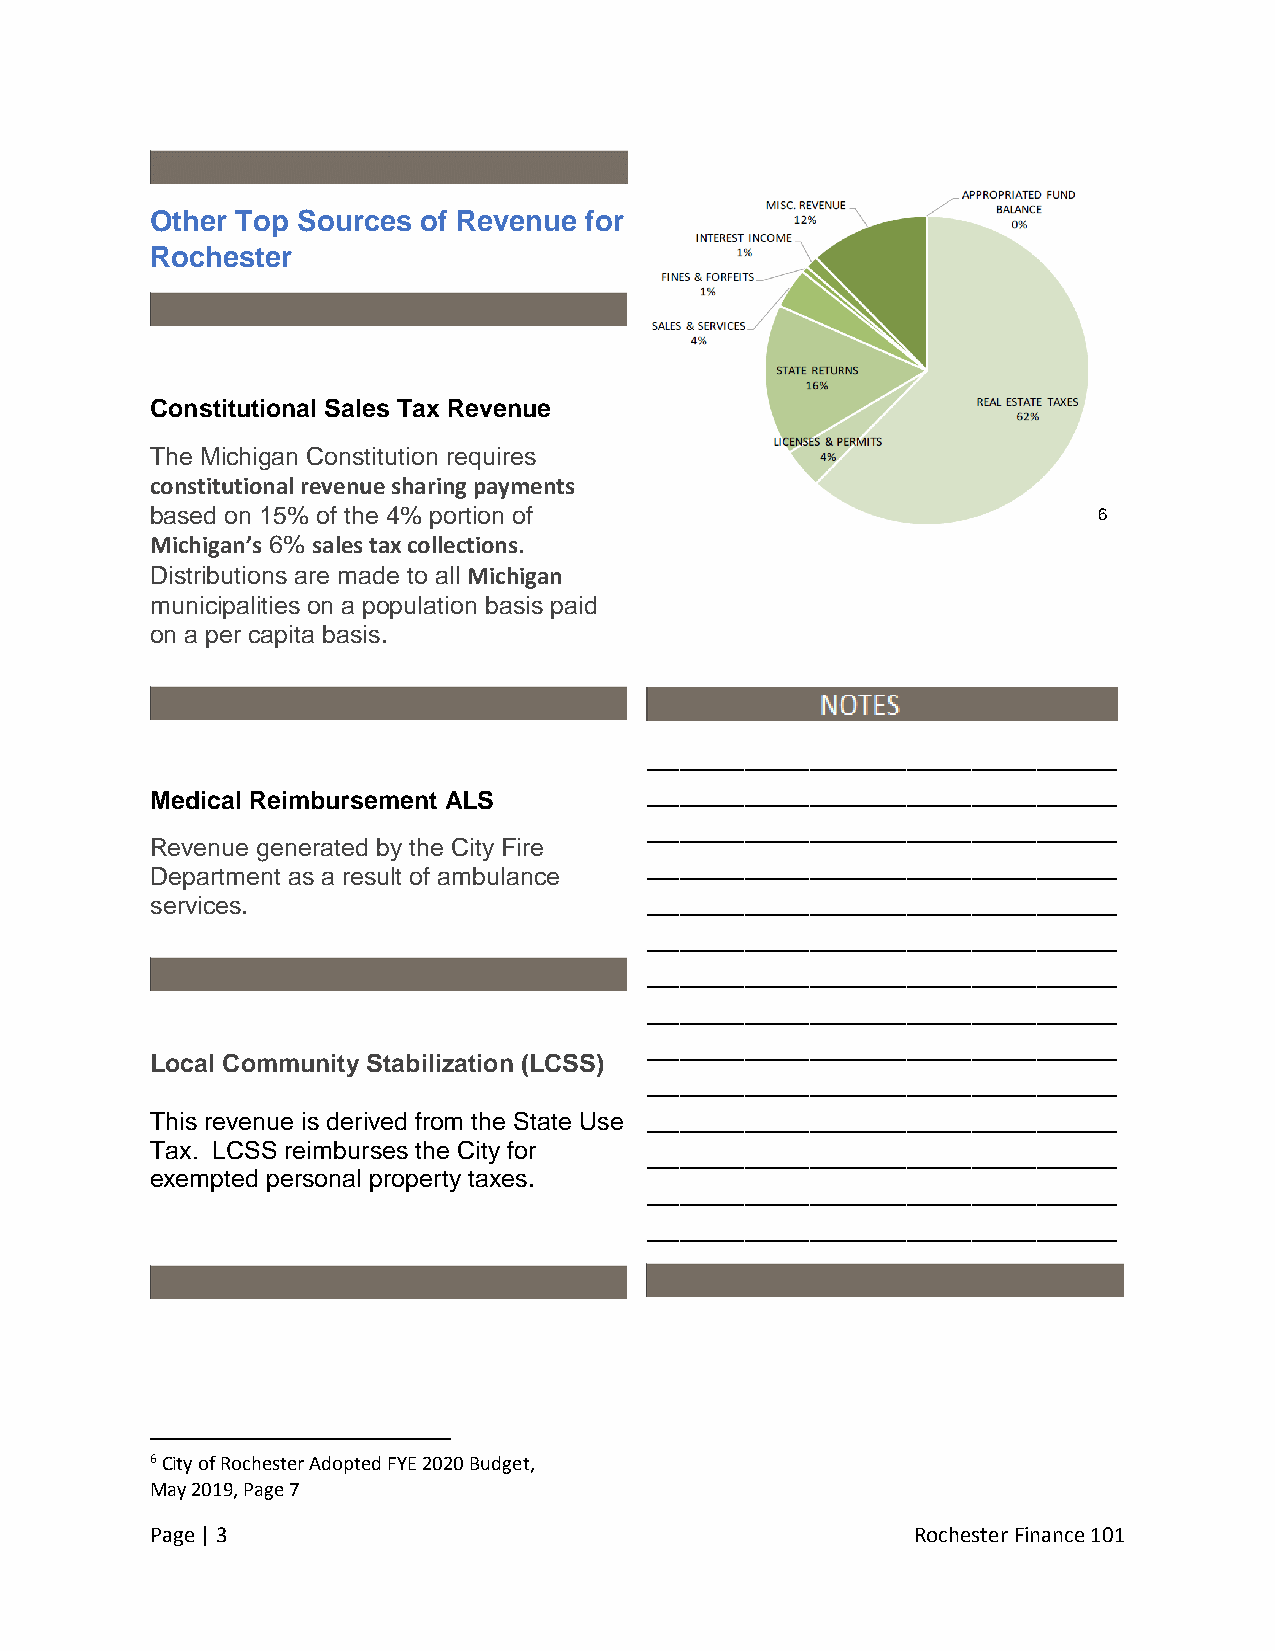
Other Top Sources of Revenue for
 Rochester
 Constitutional Sales Tax Revenue
 The Michigan Constitution requires
 constitutional revenue sharing payments
 based on 15% of the 4% portion of                              6
 Michigan’s 6% sales tax collections.
 Distributions are made to all Michigan
 municipalities on a population basis paid
 on a per capita basis.
 _____________________________
 _____________________________
 Medical Reimbursement ALS
 _____________________________
 Revenue generated by the City Fire
 _____________________________
 Department as a result of ambulance
 services.                        _____________________________
 _____________________________
 _____________________________
 _____________________________
 _____________________________
 Local Community Stabilization (LCSS)
 _____________________________
 This revenue is derived from the State Use _____________________________
 Tax. LCSS reimburses the City for _____________________________
 exempted personal property taxes.
 _____________________________
 _____________________________
 6 City of Rochester Adopted FYE 2020 Budget,
 May 2019, Page 7
 Page | 3                                           Rochester Finance 101